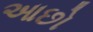
આછો